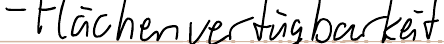
- Flächenverfügbarkeit